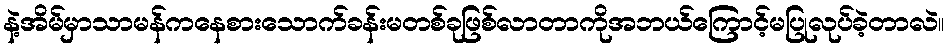
နဲ့အိမ်မှာသာမန်ကနေစားသောက်ခန်းမတစ်ခုဖြစ်လာတာကိုအဘယ်ကြောင့်မပြုလုပ်ခဲ့တာလဲ။